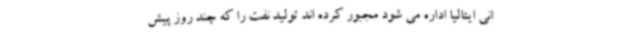
انی ایتالیا اداره می شود مجبور کرده اند تولید نفت را که چند روز پیش